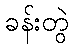
ခန်းတွဲ